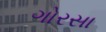
ગોરસા